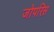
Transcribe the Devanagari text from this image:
जोपरिस